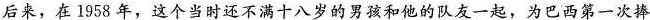
后来，在1958年，这个当时还不满十八岁的男孩和他的队友一起，为巴西第一次捧